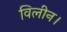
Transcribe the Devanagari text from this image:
विलीन।